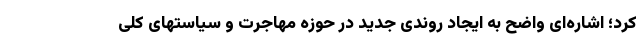
کرد؛ اشاره‌ای واضح به ایجاد روندی جدید در حوزه مهاجرت و سیاستهای کلی